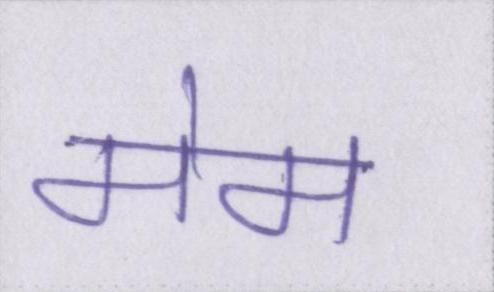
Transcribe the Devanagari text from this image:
मेम